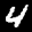
Label: 4